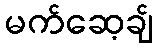
မက်ဆေ့ချ်